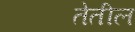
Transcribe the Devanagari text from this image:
तेतील